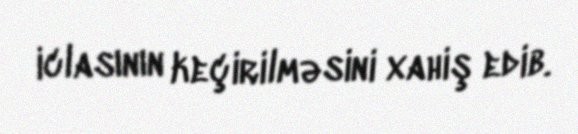
iclasının keçirilməsini xahiş edib.